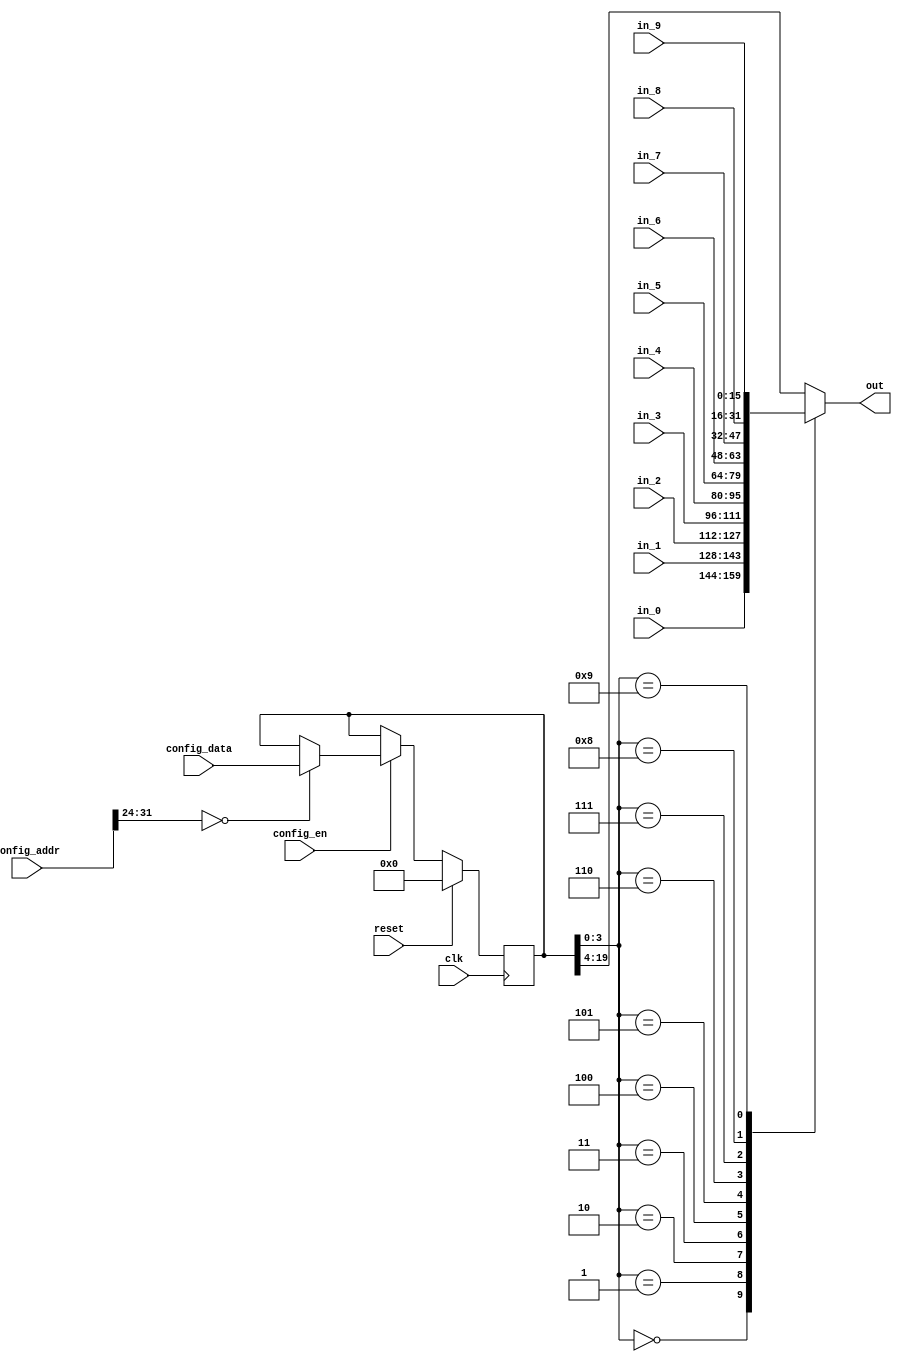
//
//--------------------------------------------------------------------------------
//          THIS FILE WAS AUTOMATICALLY GENERATED BY THE GENESIS2 ENGINE        
//  FOR MORE INFORMATION: OFER SHACHAM (CHIP GENESIS INC / STANFORD VLSI GROUP)
//    !! THIS VERSION OF GENESIS2 IS NOT FOR ANY COMMERCIAL USE !!
//     FOR COMMERCIAL LICENSE CONTACT SHACHAM@ALUMNI.STANFORD.EDU
//--------------------------------------------------------------------------------
//
//  
//	-----------------------------------------------
//	|            Genesis Release Info             |
//	|  $Change: 11904 $ --- $Date: 2013/08/03 $   |
//	-----------------------------------------------
//	
//
//  Source file: /Users/dillon/VerilogWorkspace/CGRAGenerator/hardware/generator_z/cb/cb.vp
//  Source template: cb
//
// --------------- Begin Pre-Generation Parameters Status Report ---------------
//
//	From 'generate' statement (priority=5):
// Parameter feedthrough_outputs 	= 1111111111
// Parameter has_constant 	= 1
// Parameter width 	= 16
// Parameter num_tracks 	= 5
//
//		---- ---- ---- ---- ---- ---- ---- ---- ---- ---- ----
//
//	From Command Line input (priority=4):
//
//		---- ---- ---- ---- ---- ---- ---- ---- ---- ---- ----
//
//	From XML input (priority=3):
//
//		---- ---- ---- ---- ---- ---- ---- ---- ---- ---- ----
//
//	From Config File input (priority=2):
//
// ---------------- End Pre-Generation Pramameters Status Report ----------------

// width (_GENESIS2_INHERITANCE_PRIORITY_) = 16
//
// num_tracks (_GENESIS2_INHERITANCE_PRIORITY_) = 5
//
// feedthrough_outputs (_GENESIS2_INHERITANCE_PRIORITY_) = 0x423a35c7
//
// has_constant (_GENESIS2_INHERITANCE_PRIORITY_) = 1
//


module cb_unq1 (
clk, reset,
in_0,
in_1,
in_2,
in_3,
in_4,
in_5,
in_6,
in_7,
in_8,
in_9,
out,
config_addr,
config_data,
config_en
);

  input  clk;
  input  reset;
  input  config_en;
  input [31:0] config_data;


  /* verilator lint_off UNUSED */
  input [31:0] config_addr;
  /* verilator lint_on UNUSED */

  output reg [15:0] out;
  input [15:0] in_0;
  input [15:0] in_1;
  input [15:0] in_2;
  input [15:0] in_3;
  input [15:0] in_4;
  input [15:0] in_5;
  input [15:0] in_6;
  input [15:0] in_7;
  input [15:0] in_8;
  input [15:0] in_9;





  /* verilator lint_off UNUSED */
  reg [31:0] config_cb;
  /* verilator lint_on UNUSED */

  always @(posedge clk) begin
    if (reset==1'b1) begin

      config_cb <= 32'd0;

    end else begin
      if (config_en==1'b1) begin
         case (config_addr[31:24])
           8'd0: config_cb[31:0] <= config_data;

           default: ;

         endcase
      end
    end
  end

  always @(*) begin
    case (config_cb[3:0])


        4'd0: out = in_0;
        4'd1: out = in_1;
        4'd2: out = in_2;
        4'd3: out = in_3;
        4'd4: out = in_4;
        4'd5: out = in_5;
        4'd6: out = in_6;
        4'd7: out = in_7;
        4'd8: out = in_8;
        4'd9: out = in_9;

        default: out = config_cb[19:4];

    endcase
  end
endmodule